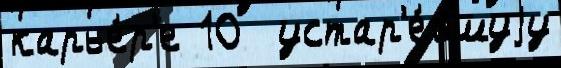
карье́р'е 10  устар'е́вшуjу